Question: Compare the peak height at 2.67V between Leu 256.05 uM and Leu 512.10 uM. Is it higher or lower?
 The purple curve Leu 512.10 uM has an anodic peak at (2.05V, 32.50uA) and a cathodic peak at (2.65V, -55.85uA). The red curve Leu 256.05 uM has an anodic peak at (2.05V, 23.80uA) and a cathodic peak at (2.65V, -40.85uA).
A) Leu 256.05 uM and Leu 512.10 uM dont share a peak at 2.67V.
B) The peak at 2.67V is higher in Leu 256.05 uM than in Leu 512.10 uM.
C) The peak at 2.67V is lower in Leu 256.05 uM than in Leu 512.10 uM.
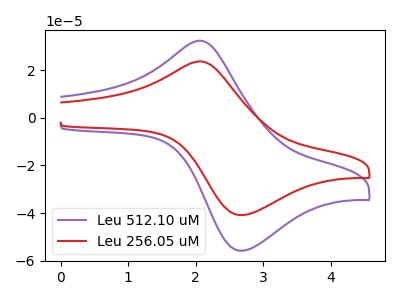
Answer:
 <answer>C) The peak at 2.67V is lower in "Leu 256.05 uM" than in "Leu 512.10 uM".</answer>
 <eval>C</eval>